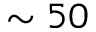
\sim 5 0